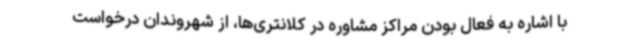
با اشاره به فعال بودن مراکز مشاوره در کلانتری‌ها، از شهروندان درخواست